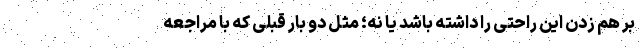
بر هم زدن این راحتی را داشته باشد یا نه؛ مثل دو بار قبلی که با مراجعه